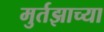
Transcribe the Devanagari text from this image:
मुर्तझाच्या